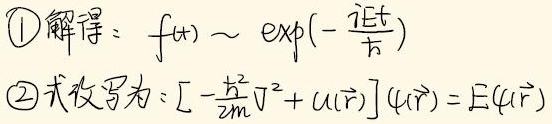
\(1\) 解释：\(f(t)\sim\exp\left(-\frac{iEt}{\hbar}\right)\)

\(2\) 改写为：\(\left[-\frac{\hbar^2}{2m}\nabla^2 + U(\vec{r})\right]\psi(\vec{r})=E\psi(\vec{r})\)